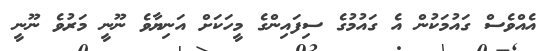
އެއްވެސް ގައުމަކުން އެ ގައުމުގެ ސިފައިންގެ މީހަކަށް އަނިޔާވެ ނޫނީ މަރުވެ ނޫނީ